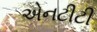
એનટીટી